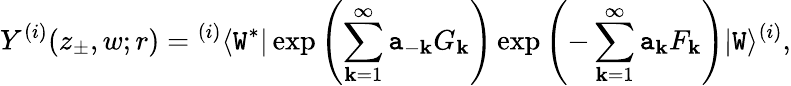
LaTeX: Y^{(i)}(z_{\pm},w;r)={}^{(i)}\langle\mathtt{W}^{*}|\exp\left(\sum_{\mathbf{k}=1}^{\infty}\mathtt{a}_{-\mathbf{k}}G_{\mathbf{k}}\right)\exp\left(-\sum_{\mathbf{k}=1}^{\infty}\mathtt{a}_{\mathbf{k}}F_{\mathbf{k}}\right)|\mathtt{W}\rangle^{(i)},